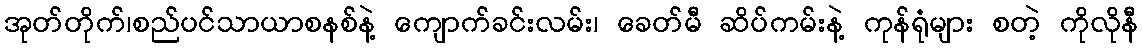
အုတ်တိုက်၊စည်ပင်သာယာစနစ်နဲ့ ကျောက်ခင်းလမ်း၊ ခေတ်မီ ဆိပ်ကမ်းနဲ့ ကုန်ရုံများ စတဲ့ ကိုလိုနီ